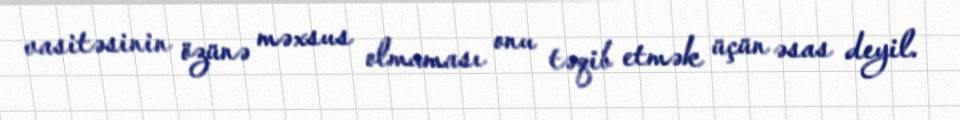
vasitəsinin özünə məxsus olmaması onu təqib etmək üçün əsas deyil.